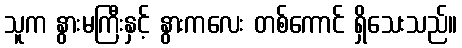
သူက နွားမကြီးနှင့် နွားကလေး တစ်ကောင် ရှိသေးသည်။